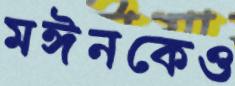
মঈনকেও